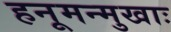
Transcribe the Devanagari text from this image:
हनूमन्मुखाः